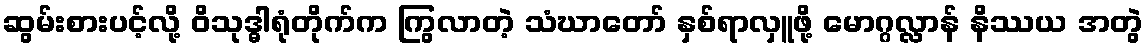
ဆွမ်းစားပင့်လို့ ဝိသုဒ္ဓါရုံတိုက်က ကြွလာတဲ့ သံဃာတော် နှစ်ရာလှူဖို့ မောဂ္ဂလ္လာန် နိဿယ အတွဲ